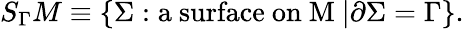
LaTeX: S_{\Gamma}M\equiv\{ \Sigma:\mathrm{a~surface~on~M~}|\partial\Sigma=\Gamma\} .